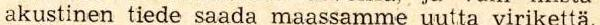
akustinen tiede saada maassamme uutta virikettä.